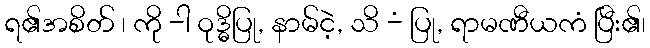
ရ၏အစိတ် ၊ ကို -ါ ဝုဒ္ဓိပြု, နာမ်ငဲ့, သိ -ံ ပြု, ရာမဏီယကံ ပြီး၏၊